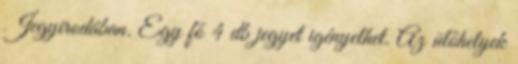
Jegyirodában. Egy fő 4 db jegyet igényelhet. Az ülőhelyek